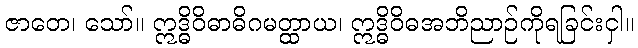
ဇာတေ၊ သော်။ ဣဒ္ဓိဝိဓာဓိဂမတ္ထာယ၊ ဣဒ္ဓိဝိဓအဘိညာဉ်ကိုရခြင်းငှါ။